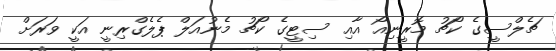
ޗެލްސީގެ ކޯޗު މޮރީނިއޯ އާއި ސިޓީގެ ކޯޗު މެނުއަލް ޕެލެގްރިނީ އަކީ ވަރަށް